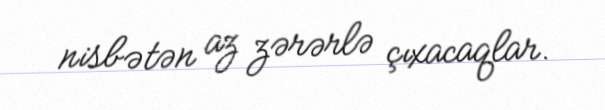
nisbətən az zərərlə çıxacaqlar.